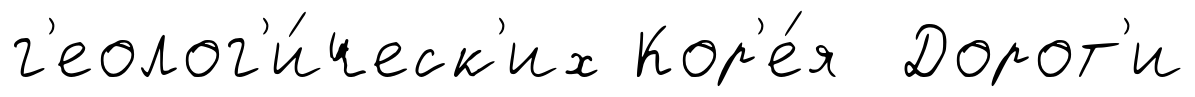
г'еолог'и́ческ'их Кор'е́я Дорот'и